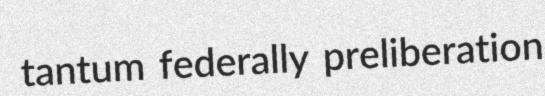
tantum federally preliberation